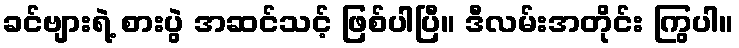
ခင်ဗျားရဲ့ စားပွဲ အဆင်သင့် ဖြစ်ပါပြီ။ ဒီလမ်းအတိုင်း ကြွပါ။